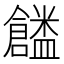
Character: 𠑜